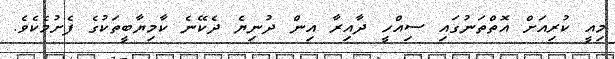
މިއީ ކުރިއަށް އޮތްތަނުގައި ސިއްހީ ދާއިރާ އިން ދުނިޔެ ދެކޭނެ ކާމިޔާބީތަކުގެ ފެށުމެކެވެ.